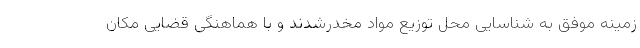
زمینه موفق به شناسایی محل توزیع مواد مخدرشدند و با هماهنگی قضایی مکان